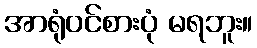
အာရုံဝင်စားပုံ မရဘူး။